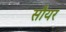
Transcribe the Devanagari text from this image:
सौयर